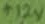
Text: +12V